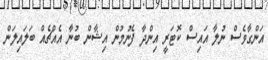
އަންގާވެސް ނުލާ އައިސް ކޮޓަރީ އިންދާ ފެނުމުން އިޝާން ބުނާ އެއްޗެއް ބަލައިލަން